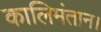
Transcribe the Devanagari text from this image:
कालिमंतान।